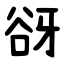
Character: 谺